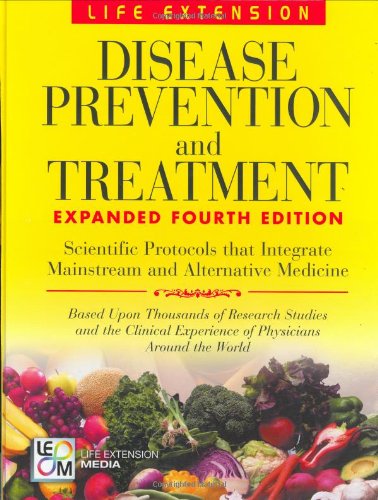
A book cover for Disease Prevention and Treatment, 4th Edition; Life Extension; Health, Fitness & Dieting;